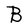
Character: B